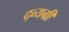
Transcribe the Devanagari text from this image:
द्व्यग्री